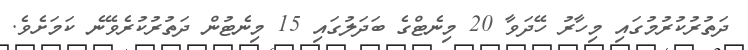
ދަތުރުކުރުމުގައި މިހާރު ހޭދަވާ 20 މިނެޓްގެ ބަދަލުގައި 15 މިނެޓުން ދަތުރުކުރެވޭނެ ކަމަށެވެ.